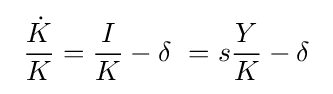
\ {\frac {\dot {K}}{K}}={\frac {I}{K}}-\delta \ =s{\frac {Y}{K}}-\delta \